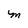
Character: M